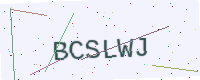
Text: BCSLWJ